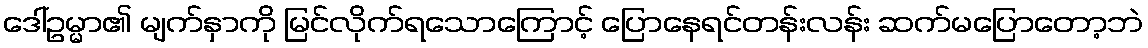
ဒေါ်ဥမ္မာ၏ မျက်နှာကို မြင်လိုက်ရသောကြောင့် ပြောနေရင်တန်းလန်း ဆက်မပြောတော့ဘဲ